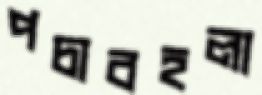
পচাবহলা